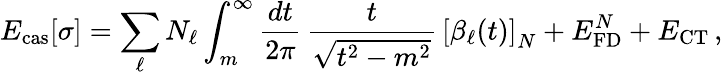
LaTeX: E_{\mathrm{cas}}[\sigma]=\sum_{\ell}N_{\ell}\int_{m}^{\infty}\frac{dt}{2\pi}\, \frac{t}{\sqrt{t^{2}-m^{2}}}\, \left[\beta_{\ell}(t)\right]_{N}+E_{\mathrm{FD}}^{N}+E_{\mathrm{CT}}\, ,